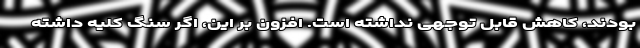
بودند، کاهش قابل توجهی نداشته است. افزون بر این، اگر سنگ کلیه داشته